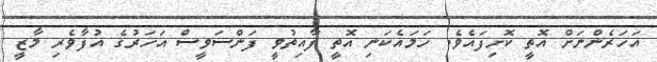
އަހަރެންނަށް އޮތީ ކޮށިފައެވެ. ހަމައެކަނި އޮތީ ފާއިތުވީ ފަންސަވީސް އަހަރުގެ އުފާވެރި މާޒީ